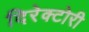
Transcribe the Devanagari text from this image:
दिरेक्टोरी